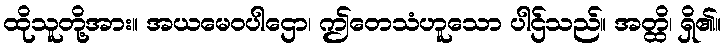
ထိုသူတို့အား။ အယမေဝပါဌော၊ ဤတေသံဟူသော ပါဌ်သည်။ အတ္ထိ၊ ရှိ၏။